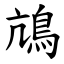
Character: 䲳